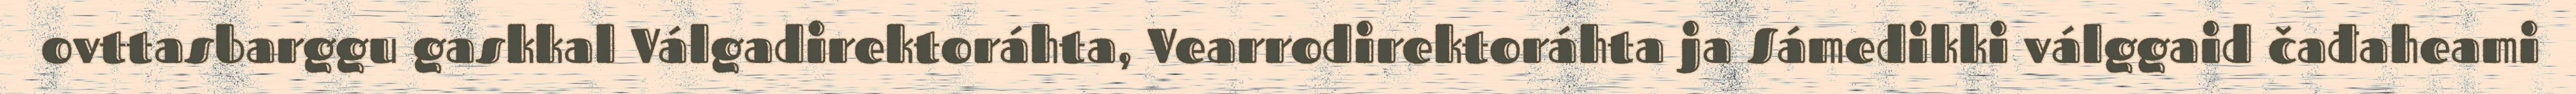
ovttasbarggu gaskkal Válgadirektoráhta, Vearrodirektoráhta ja Sámedikki válggaid čađaheami